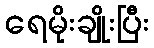
ရေမိုးချိုးပြီး